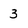
Character: 3